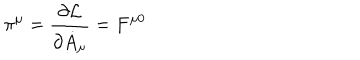
LaTeX: \pi ^ { \mu } = \frac { \partial { \cal L } } { \partial \dot { A } _ { \mu } } = F ^ { \mu 0 }